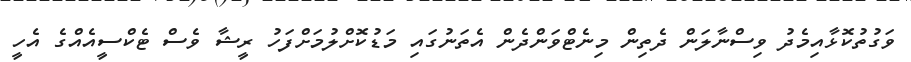
ވަގުތުކޮޅާއިމެދު ވިސްނާލަން ދެތިން މިނެޓްވަންދެން އެތަނުގައި މަޑުކޮށްލުމަށްފަހު ރީޝާ ވެސް ޓެކްސީއެއްްގެ އެހީ